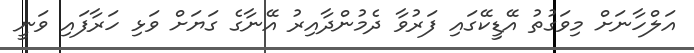
އަލްހާނަށް މިވަގުތު އޭޑީކޭގައި ފަރުވާ ދެމުންދާއިރު އޭނާގެ ގަޔަށް ވަޅި ހަރާފައި ވަނީ